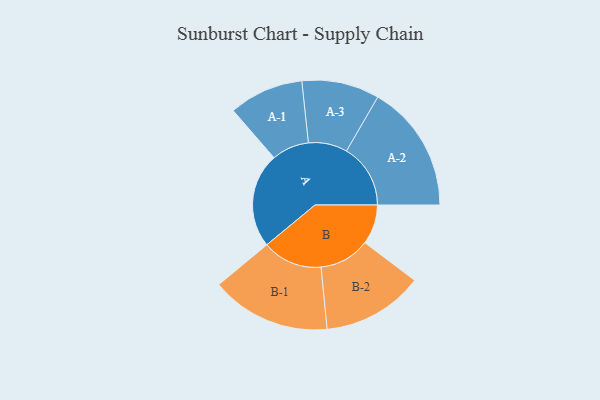
{"axis": {"x": "Segment", "y": "Value"}, "legend": ["", "A", "B"], "data": [{"x": "A", "y": 440, "type": ""}, {"x": "B", "y": 184, "type": ""}, {"x": "A-1", "y": 173, "type": "A"}, {"x": "A-2", "y": 297, "type": "A"}, {"x": "A-3", "y": 180, "type": "A"}, {"x": "B-1", "y": 278, "type": "B"}, {"x": "B-2", "y": 235, "type": "B"}]}